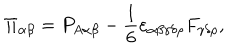
LaTeX: \Pi _ { \alpha \beta } = P _ { A \alpha \beta } - { \frac { 1 } { 6 } } \varepsilon _ { \alpha \beta \gamma \delta \rho } F _ { \gamma \delta \rho } ,